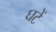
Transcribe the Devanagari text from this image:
घटें